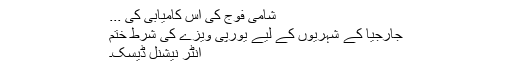
شامی فوج کی اس کامیابی کی ...
جارجیا کے شہریوں کے لیے یورپی ویزے کی شرط ختم
انٹر نیشنل ڈیسک۔